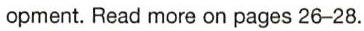
opment. Read more on pages 26−28.